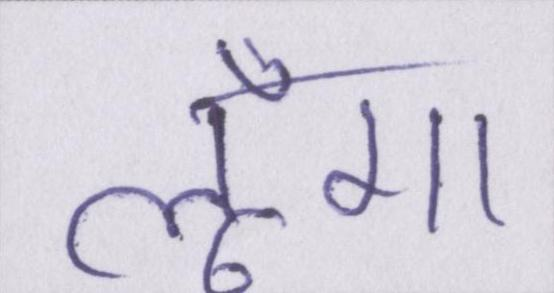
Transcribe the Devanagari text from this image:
लूँगा